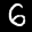
Label: 6